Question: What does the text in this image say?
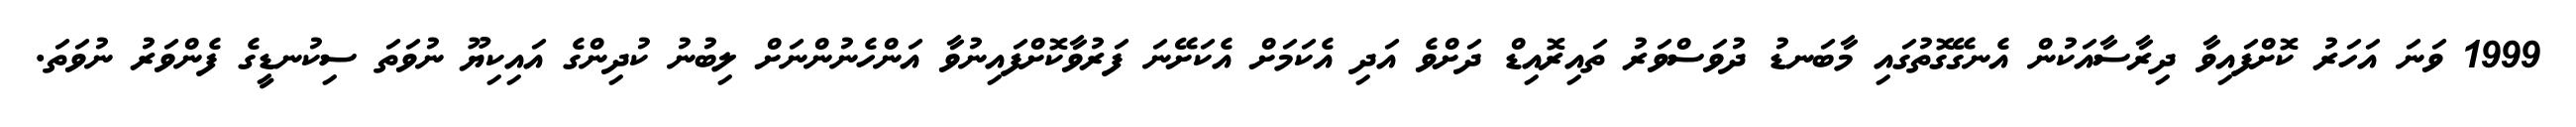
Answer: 1999 ވަނަ އަހަރު ކޮށްފައިވާ ދިރާސާއަކުން އެނގޭގޮތުގައި މާބަނޑު ދުވަސްވަރު ތައިރޮއިޑް ދަށްވެ އަދި އެކަމަށް އެކަށޭނަ ފަރުވާކޮށްފައިނުވާ އަންހެނުންނަށް ލިބުނު ކުދިންގެ އައިކިޔޫ ނުވަތަ ސިކުނޑީގެ ފެންވަރު ނުވަތަ.